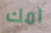
امك